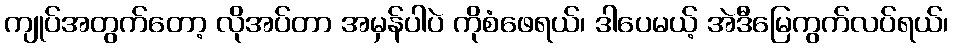
ကျုပ်အတွက်တော့ လိုအပ်တာ အမှန်ပါပဲ ကိုစံဖေရယ်၊ ဒါပေမယ့် အဲဒီမြေကွက်လပ်ရယ်၊